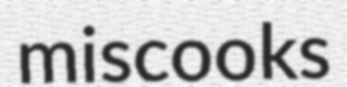
miscooks